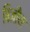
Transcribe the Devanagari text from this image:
बिजौय